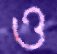
ও